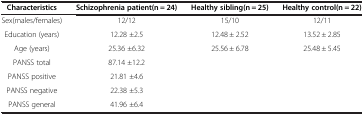
<table><thead><tr><td><b>Characteristics</b></td><td><b>Schizophrenia patient(n = 24)</b></td><td><b>Healthy sibling(n = 25)</b></td><td><b>Healthy control(n = 22)</b></td></tr></thead><tbody><tr><td>Sex(males/females)</td><td>12/12</td><td>15/10</td><td>12/11</td></tr><tr><td>Education (years)</td><td>12.28 ±2.5</td><td>12.48 ± 2.52</td><td>13.52 ± 2.85</td></tr><tr><td>Age (years)</td><td>25.36 ±6.32</td><td>25.56 ± 6.78</td><td>25.48 ± 5.45</td></tr><tr><td>PANSS total</td><td>87.14 ±12.2</td><td> </td><td> </td></tr><tr><td>PANSS positive</td><td>21.81 ±4.6</td><td> </td><td> </td></tr><tr><td>PANSS negative</td><td>22.38 ±5.3</td><td> </td><td> </td></tr><tr><td>PANSS general</td><td>41.96 ±6.4</td><td> </td><td> </td></tr></tbody></table>